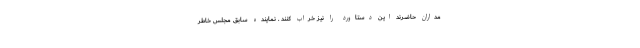
مداران حاضرند این دستاورد را نیز خراب کنند . نماینده سابق مجلس خاطر